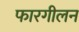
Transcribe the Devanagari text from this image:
फारगीलन